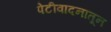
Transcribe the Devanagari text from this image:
पेटीवादनातून